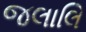
જલાલિ